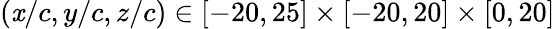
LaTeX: (\mathit{x}/c,y/c,z/c)\in[-20,25]\times[-20,20]\times[0,20]